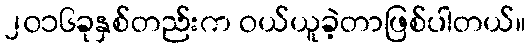
၂၀၁၆ခုနှစ်တည်းက ဝယ်ယူခဲ့တာဖြစ်ပါတယ်။